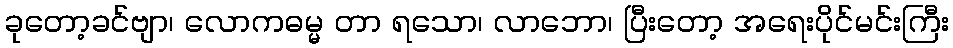
ခုတော့ခင်ဗျာ၊ လောကဓမ္မ တာ ရသော၊ လာဘော၊ ပြီးတော့ အရေးပိုင်မင်းကြီး